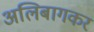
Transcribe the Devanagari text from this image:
अलिबागकर